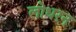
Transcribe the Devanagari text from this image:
लोधरन